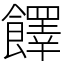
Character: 䭞